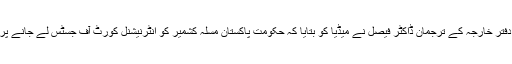
اس بنا پر پاکستان کے دفتر خارجہ کے ترجمان ڈاکٹر فیصل نے میڈیا کو بتایا کہ حکومت پاکستان مسلہ کشمیر کو انٹرنیشنل کورٹ آف جسٹس لے جانے پر مشاورت کر رہی ہے۔